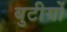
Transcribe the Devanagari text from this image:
बुटीयों